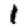
Digit: 1